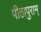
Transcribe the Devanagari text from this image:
पीठापुराम्‌